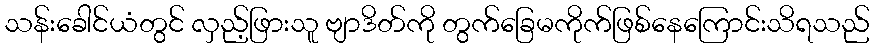
သန်းခေါင်ယံတွင် လှည့်ဖြားသူ ဗျာဒိတ်ကို တွက်ခြေမကိုက်ဖြစ်နေကြောင်းသိရသည်